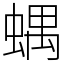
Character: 𧍪